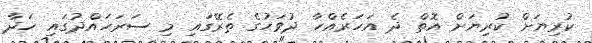
ކުރިޔަށް ކުރިޔަށް އޮތް ދެ އަހަރެއްހާ ދުވަހުގެ ތެރޭގައި މި ސަރަހައްދުގައި ހަދާ